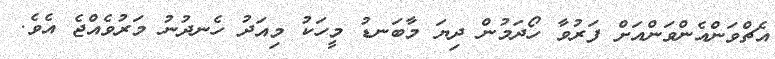
އެޗްވަންއެންވަންއަށް ފަރުވާ ހޯދަމުން ދިޔަ މާބަނޑު މީހަކު މިއަދު ހެނދުނު މަރުވެއްޖެ އެވެ.